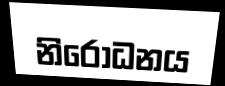
නිරොධනය